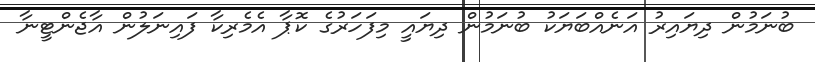
ބުނަމުން ދިޔައިރު އަނެއްބަޔަކު ބުނަމުން ދިޔައީ މިފަހަރުގެ ކޮޕާ އެމެރިކާ ފައިނަލުން އާޖެންޓީނާ